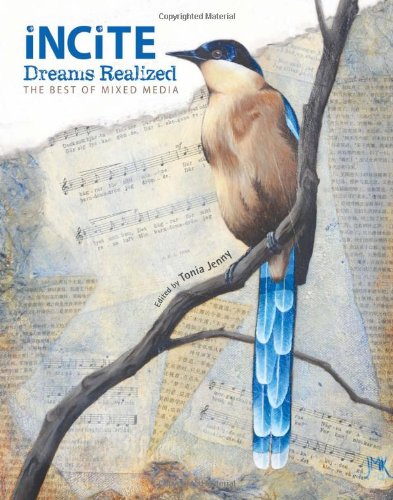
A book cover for Incite: Dreams Realized (Incite: The Best of Mixed Media); Arts & Photography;